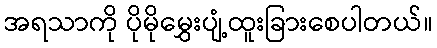
အရသာကို ပိုမိုမွှေးပျံ့ထူးခြားစေပါတယ်။